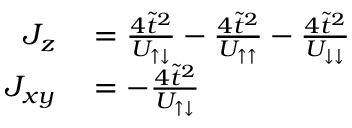
\begin{array} { r l } { J _ { z } } & { { } = \frac { 4 \tilde { t } ^ { 2 } } { U _ { \uparrow \downarrow } } - \frac { 4 \tilde { t } ^ { 2 } } { U _ { \uparrow \uparrow } } - \frac { 4 \tilde { t } ^ { 2 } } { U _ { \downarrow \downarrow } } } \\ { J _ { x y } } & { { } = - \frac { 4 \tilde { t } ^ { 2 } } { U _ { \uparrow \downarrow } } } \end{array}